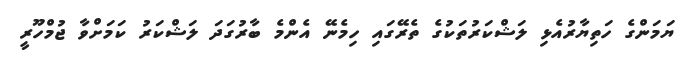
ޔަމަންގެ ހަތިޔާރުއެޅި ލަޝްކަރުތަކުގެ ތެރޭގައި ހިމެނޭ އެންމެ ބާރުގަދަ ލަޝްކަރު ކަމަށްވާ ޖުމްހޫރީ